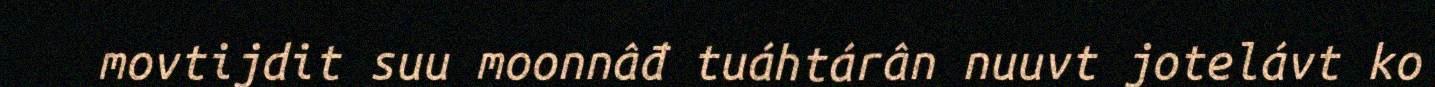
movtijdit suu moonnâđ tuáhtárân nuuvt jotelávt ko